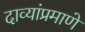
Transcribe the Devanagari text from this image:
दाव्यांप्रमाणे